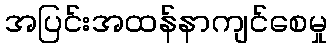
အပြင်းအထန်နာကျင်စေမှု